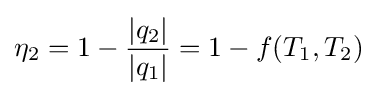
\eta _{2}=1-{\frac {|q_{2}|}{|q_{1}|}}=1-f(T_{1},T_{2})